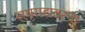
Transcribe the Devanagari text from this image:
रायगडावरचा